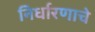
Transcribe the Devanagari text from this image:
निर्धारणाचे